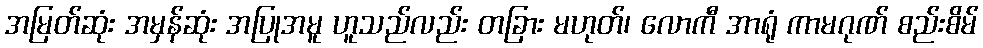
အမြတ်ဆုံး အမှန်ဆုံး အပြုအမူ ဟူသည်လည်း တခြား မဟုတ်၊ လောကီ အာရုံ ကာမဂုဏ် စည်းစိမ်